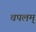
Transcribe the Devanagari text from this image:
चपलम्